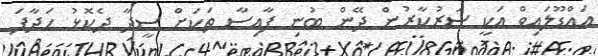
އައްޑޫލައިވް އަކީ ސަރުކާރުން ދޭން ބުނި ފާއިސާ ތަކަށް ސީދާ ދެކޮޅު ހަދާފަ